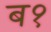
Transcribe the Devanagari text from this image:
ब१